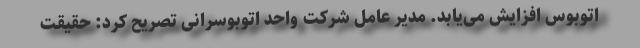
اتوبوس افزایش می‌یابد. مدیر عامل شرکت واحد اتوبوسرانی تصریح کرد: حقیقت